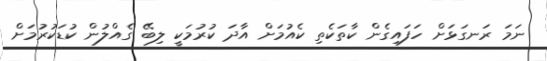
ނަމަ ރަނގަޅަށް ހަފައިގެން ކާތަކެތި ކެއުމަށް އާދަ ކުރުމަކީ ލިބޭ ގެއްލުން ކުޑަކުރުމަށް